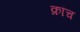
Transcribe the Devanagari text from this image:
क्रांच